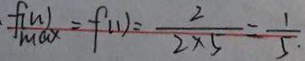
\frac { f ( n ) } { \max } = f ( 1 ) = \frac { 2 } { 2 \times 5 } = \frac { 1 } { 5 . }